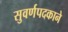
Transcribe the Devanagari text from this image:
सुवर्णपदकाने